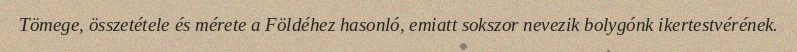
Tömege, összetétele és mérete a Földéhez hasonló, emiatt sokszor nevezik bolygónk ikertestvérének.